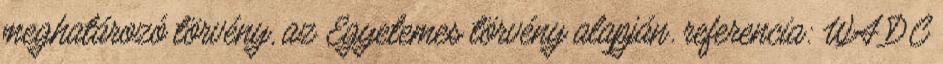
meghatározó törvény, az Egyetemes törvény alapján. referencia: WA DC